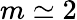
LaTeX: m\simeq 2